Annual administration and progress report of the Indian Medical Department, Bombay
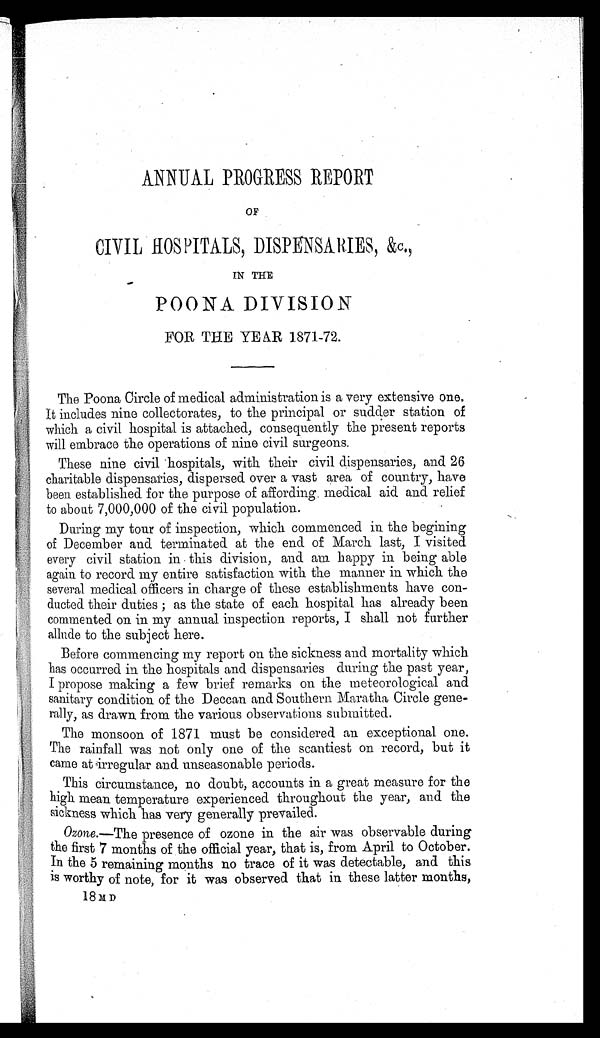
ANNUAL PROGRESS REPORT
OF
C I V I L H O S P I T A L S , D I S P E N S A R I E S , & c . ,
IN THE
POONA DIVISION
FOR THE YE AR 1871-72.
The Poona Circle of medical administration is a very extensive one.
It includes nine collectorates, to the principal or Sudder station of
which a civil hospital is attached, consequently the present reports
will embrace the
operations of nine civil surgeons.
These nine civil hospitals, with their civil dispensaries, and 26
charitable dispensaries, dispersed over a vast area of country, have
been established for the purpose of affording. medical aid and relief
to about 7,000,000 of the civil population.
During my tour of inspection, which commenced in the begining
of December and terminated at the end of March last, I visited
every civil station in this division, and am happy in being able
again to record my entire satisfaction with the manner in which the
several medical officers in charge of these establishments have con-
ducted their duties ; as the state of each hospital has already been
commented on in my annual inspection reports, I shall not further
allude to the subject here.
Before commencing my report on the sickness and mortality which
has occurred in the hospitals and dispensaries during the past year,
I propose making a few brief remarks on the meteorological and
sanitary condition of the Deccan and Southern Maratha Circle gene-
rally, as drawn -from the various observations submitted.
The monsoon of 1871 must be considered an exceptional one.
The rainfall was not only one of the scantiest on record, but it
came at irregular and unseasonable periods.
This circumstance, no doubt, accounts in a great measure for the
high mean temperature experienced throughout the year, and the
sickness which has very generally prevailed.
Ozone.—The presence of ozone in the air was observable during
the first 7 months of the official year, that is, from April to October.
In the 5 remaining months no trace of it was detectable, and this
is worthy of note, for it was observed that in these latter month
s,
1 8 MD